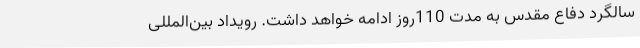
سالگرد دفاع مقدس به مدت 110روز ادامه خواهد داشت. رویداد بین‌المللی